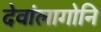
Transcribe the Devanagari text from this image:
देवांलागोनि